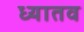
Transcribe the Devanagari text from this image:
ध्यातव